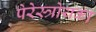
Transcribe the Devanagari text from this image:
पेरेस्त्रोयका